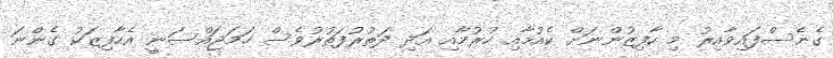
ގެނެސްފައިވާއިރު މި ހާފިޒުންނަށް ކެއުމާއި ހުރުމާއި އަދި ދަތުރުފަތުރުވެސް ހަމަޖައްސަނީ އެހާފިޒަކު ގެންނަ